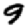
Digit: 9